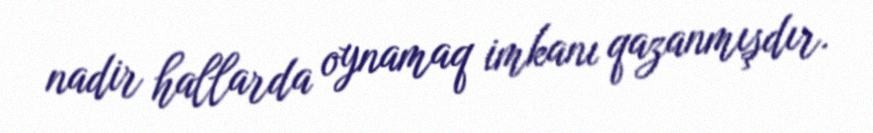
nadir hallarda oynamaq imkanı qazanmışdır.